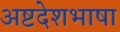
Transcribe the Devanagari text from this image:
अष्टदेशभाषा